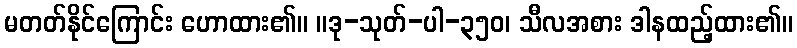
မတတ်နိုင်ကြောင်း ဟောထား၏။ ။ဒု-သုတ်-ပါ-၃၅၀၊ သီလအစား ဒါနထည့်ထား၏။